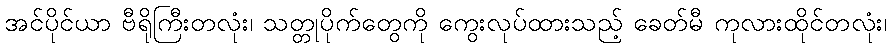
အင်ပိုင်ယာ ဗီရိုကြီးတလုံး၊ သတ္တုပိုက်တွေကို ကွေးလုပ်ထားသည့် ခေတ်မီ ကုလားထိုင်တလုံး၊